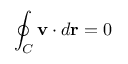
\oint _ { C } \mathbf { v } \cdot d { \mathbf { r } } = 0